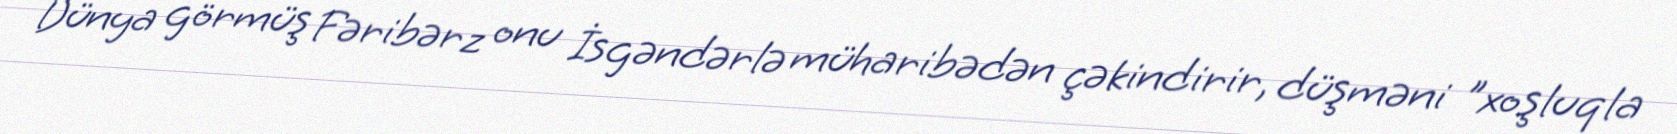
Dünya görmüş Fəribərz onu İsgəndərlə müharibədən çəkindirir, düşməni "xoşluqla